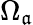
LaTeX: \Omega_{\mathfrak{a}}